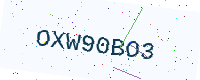
Text: OXW90BO3